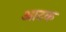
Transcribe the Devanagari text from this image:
आटक